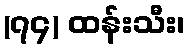
(၇၄) ထန်းသီး၊